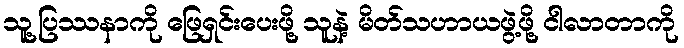
သူ့ပြဿနာကို ဖြေရှင်းပေးဖို့ သူနဲ့ မိတ်သဟာယဖွဲ့ဖို့ ငါလာတာကို